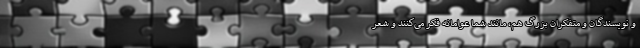
و نویسندگان و متفکران بزرگ هم، مانند شما عوامانه فکر می‌کنند و شعر